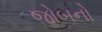
જોબનો